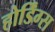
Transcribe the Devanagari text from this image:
होर्डिंग्स